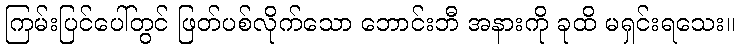
ကြမ်းပြင်ပေါ်တွင် ဖြတ်ပစ်လိုက်သော ဘောင်းဘီ အနားကို ခုထိ မရှင်းရသေး။